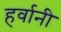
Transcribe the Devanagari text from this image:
हर्वानी